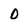
Character: O